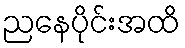
ညနေပိုင်းအထိ